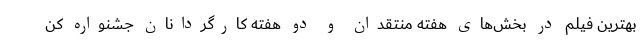
بهترین فیلم در بخش‌های هفته منتقدان و دو هفته کارگردانان جشنواره کن